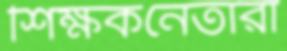
শিক্ষকনেতারা